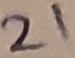
Text: 21